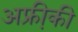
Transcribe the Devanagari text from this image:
अफ्री़की